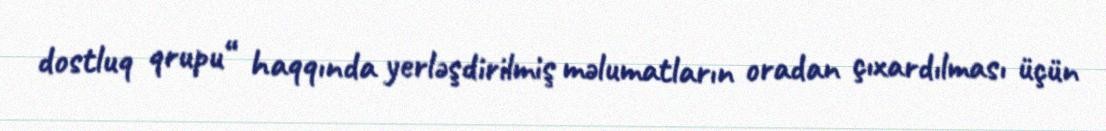
dostluq qrupu“ haqqında yerləşdirilmiş məlumatların oradan çıxardılması üçün